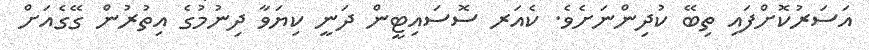
އަސަރުކޮށްފައި ތިބޭ ކުދިންނަށެވެ. ކެއަރ ސޮސައިޓީން ދަނީ ކިޔަވާ ދިނުމުގެ އިތުރުން ގޭގެއަށް